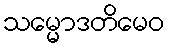
သမ္မောဒတိမေဝ